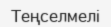
Теңселмелі